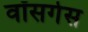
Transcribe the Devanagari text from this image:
वॉसगेस